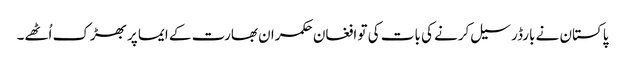
پاکستان نے بارڈر سیل کرنے کی بات کی تو افغان حکمران بھارت کے ایما پر بھڑک اُٹھے۔